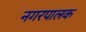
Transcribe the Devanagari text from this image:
नगरपालक